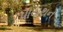
પાયથન